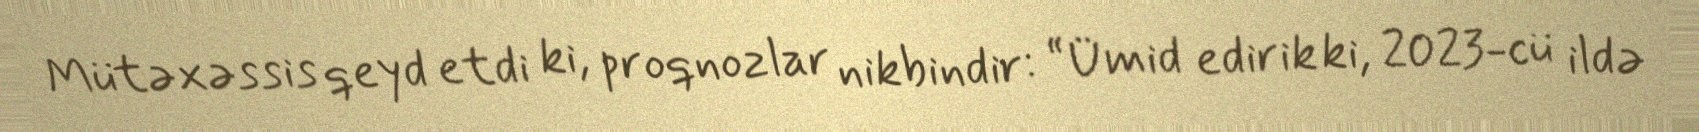
Mütəxəssis qeyd etdi ki, proqnozlar nikbindir: “Ümid edirik ki, 2023-cü ildə